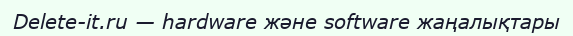
Delete-it.ru — hardware және software жаңалықтары